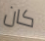
كان